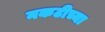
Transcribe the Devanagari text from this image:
नकटीच्या